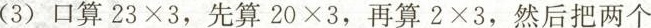
(3)口算$$23×3$$，先算$$20×3$$，再算$$2×3$$，然后把两个